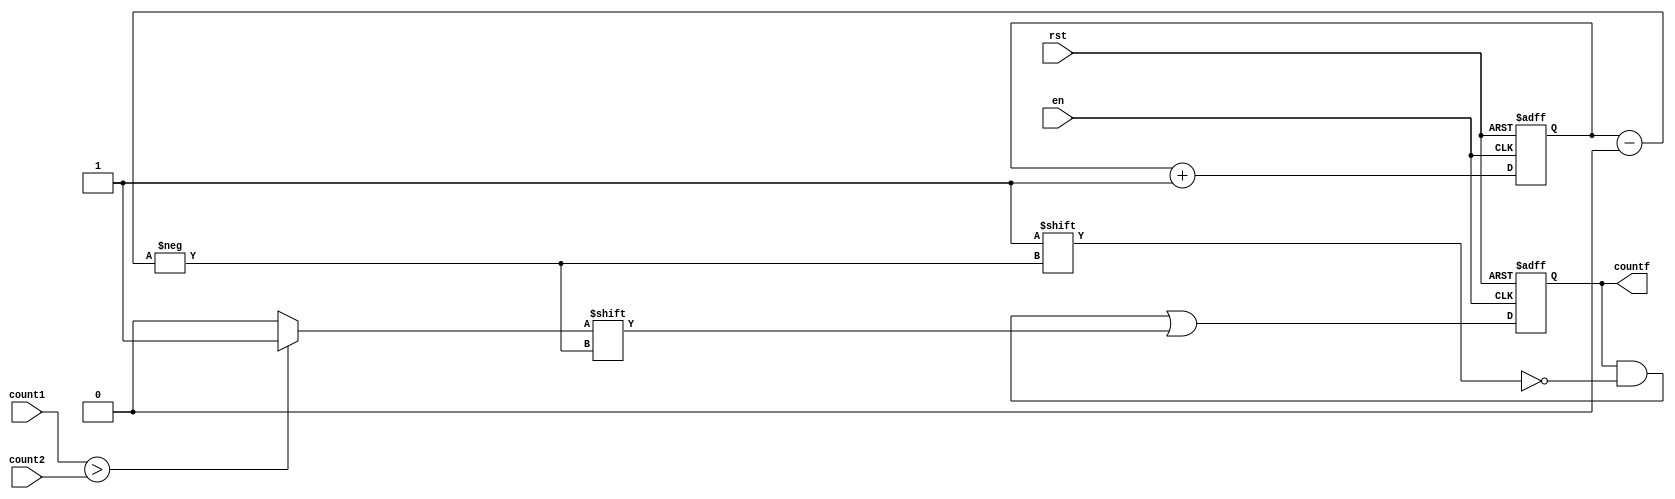
module comp(count1,count2,countf,en,rst);
 reg count;
input [7:0] count1;
input [7:0] count2;
input en,rst;
output reg [7:0]countf=8'd0;
//output reg [7:0] countout;
reg [2:0] index=3'd0;
always@(*)
begin
if(count1>count2)
begin
count=1'b1;
end
else
begin
count=1'b0;
end
end


always@(negedge en or posedge rst)
begin
if(rst==1)
begin
countf=8'd0;
index=3'd0;
end
else if(en==0)
begin
countf[index]=count;
index=index+3'd1;
end
end

endmodule